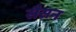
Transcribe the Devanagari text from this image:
सैसन